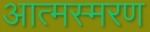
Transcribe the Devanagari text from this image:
आत्मस्मरण